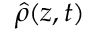
\hat { \rho } ( z , t )